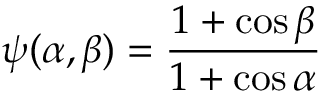
\displaystyle { \psi ( \alpha , \beta ) = \frac { 1 + \cos \beta } { 1 + \cos \alpha } }